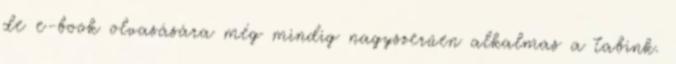
de e-book olvasására még mindig nagyszerűen alkalmas a tabink.